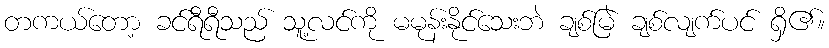
တကယ်တော့ ခင်ရီရီသည် သူ့လင်ကို မမုန်းနိုင်သေးဘဲ ချစ်မြဲ ချစ်လျက်ပင် ရှိ၏။